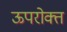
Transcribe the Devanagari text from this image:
ऊपरोक्त